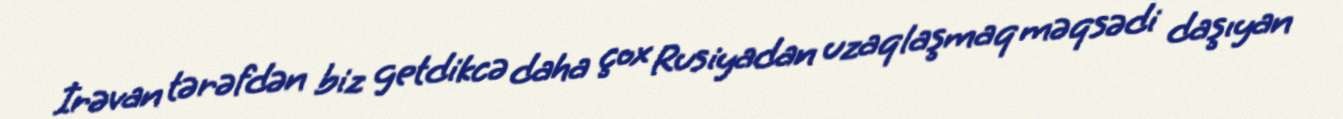
İrəvan tərəfdən biz getdikcə daha çox Rusiyadan uzaqlaşmaq məqsədi daşıyan